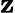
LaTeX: \boldsymbol{\mathbf{z}}